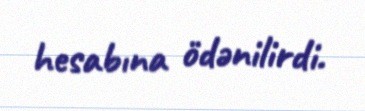
hesabına ödənilirdi.